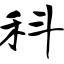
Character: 科